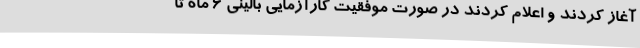
آغاز کردند و اعلام کردند در صورت موفقیت کارآزمایی بالینی ۶ ماه تا